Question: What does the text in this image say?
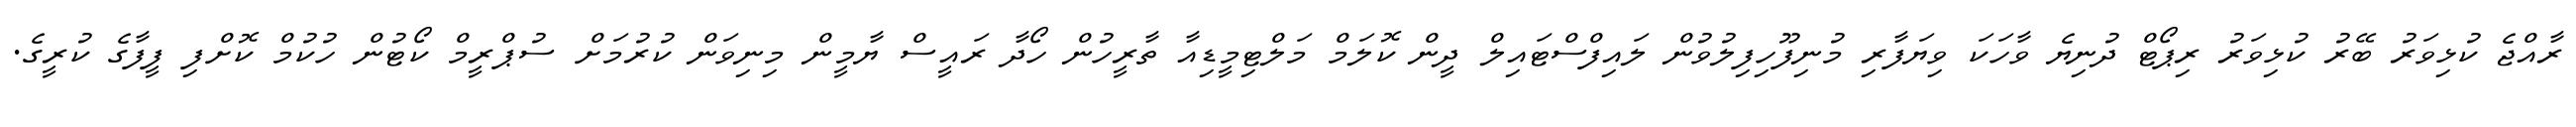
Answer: ރާއްޖެ ކުޅިވަރު ބޭރު ކުޅިވަރު ރިޕޯޓް ދުނިޔެ ވާހަކަ ވިޔަފާރި މުނިފޫހިފިލުވުން ލައިފްސްޓައިލް ދީން ކޮލަމް މަލްޓިމީޑިއާ ތާރީހުން ހޯދާ ރައީސް ޔާމީން މިނިވަން ކުރުމަށް ސުޕްރީމް ކޯޓުން ހުކުމް ކޮށްފި ފީފާގެ ކުރީގެ.